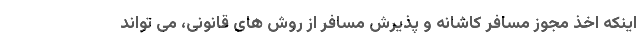
اینکه اخذ مجوز مسافر کاشانه و پذیرش مسافر از روش های قانونی، می تواند